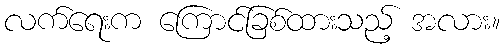
လက်ရေးက ကြောင်ခြစ်ထားသည့် အလား။